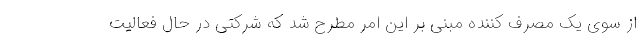
از سوی یک مصرف کننده مبنی بر این امر مطرح شد که شرکتی در حال فعالیت